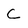
Character: C